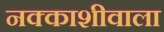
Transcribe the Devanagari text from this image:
नक्काशीवाला